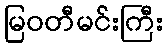
မြဝတီမင်းကြီး